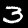
Label: 3